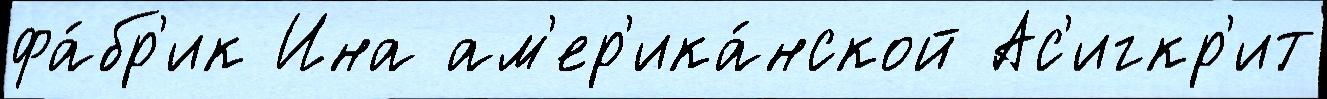
фа́бр'ик Ина ам'ер'ика́нской Ас'игкр'ит